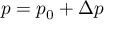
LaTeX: p = p _ { 0 } + \Delta p